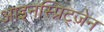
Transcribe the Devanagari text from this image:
आइनस्प्रिट्ज़ेन